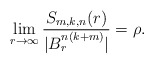
\begin{align*} \lim_{r \to \infty} \dfrac{S_{m,k,n}(r)}{|B_r^{n(k+m)}|} = \rho.\end{align*}